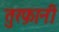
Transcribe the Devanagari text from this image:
तुरफ़ानी